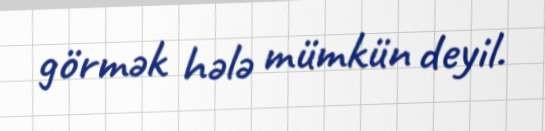
görmək hələ mümkün deyil.